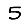
Digit: 5